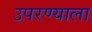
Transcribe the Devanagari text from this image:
उपरण्याला